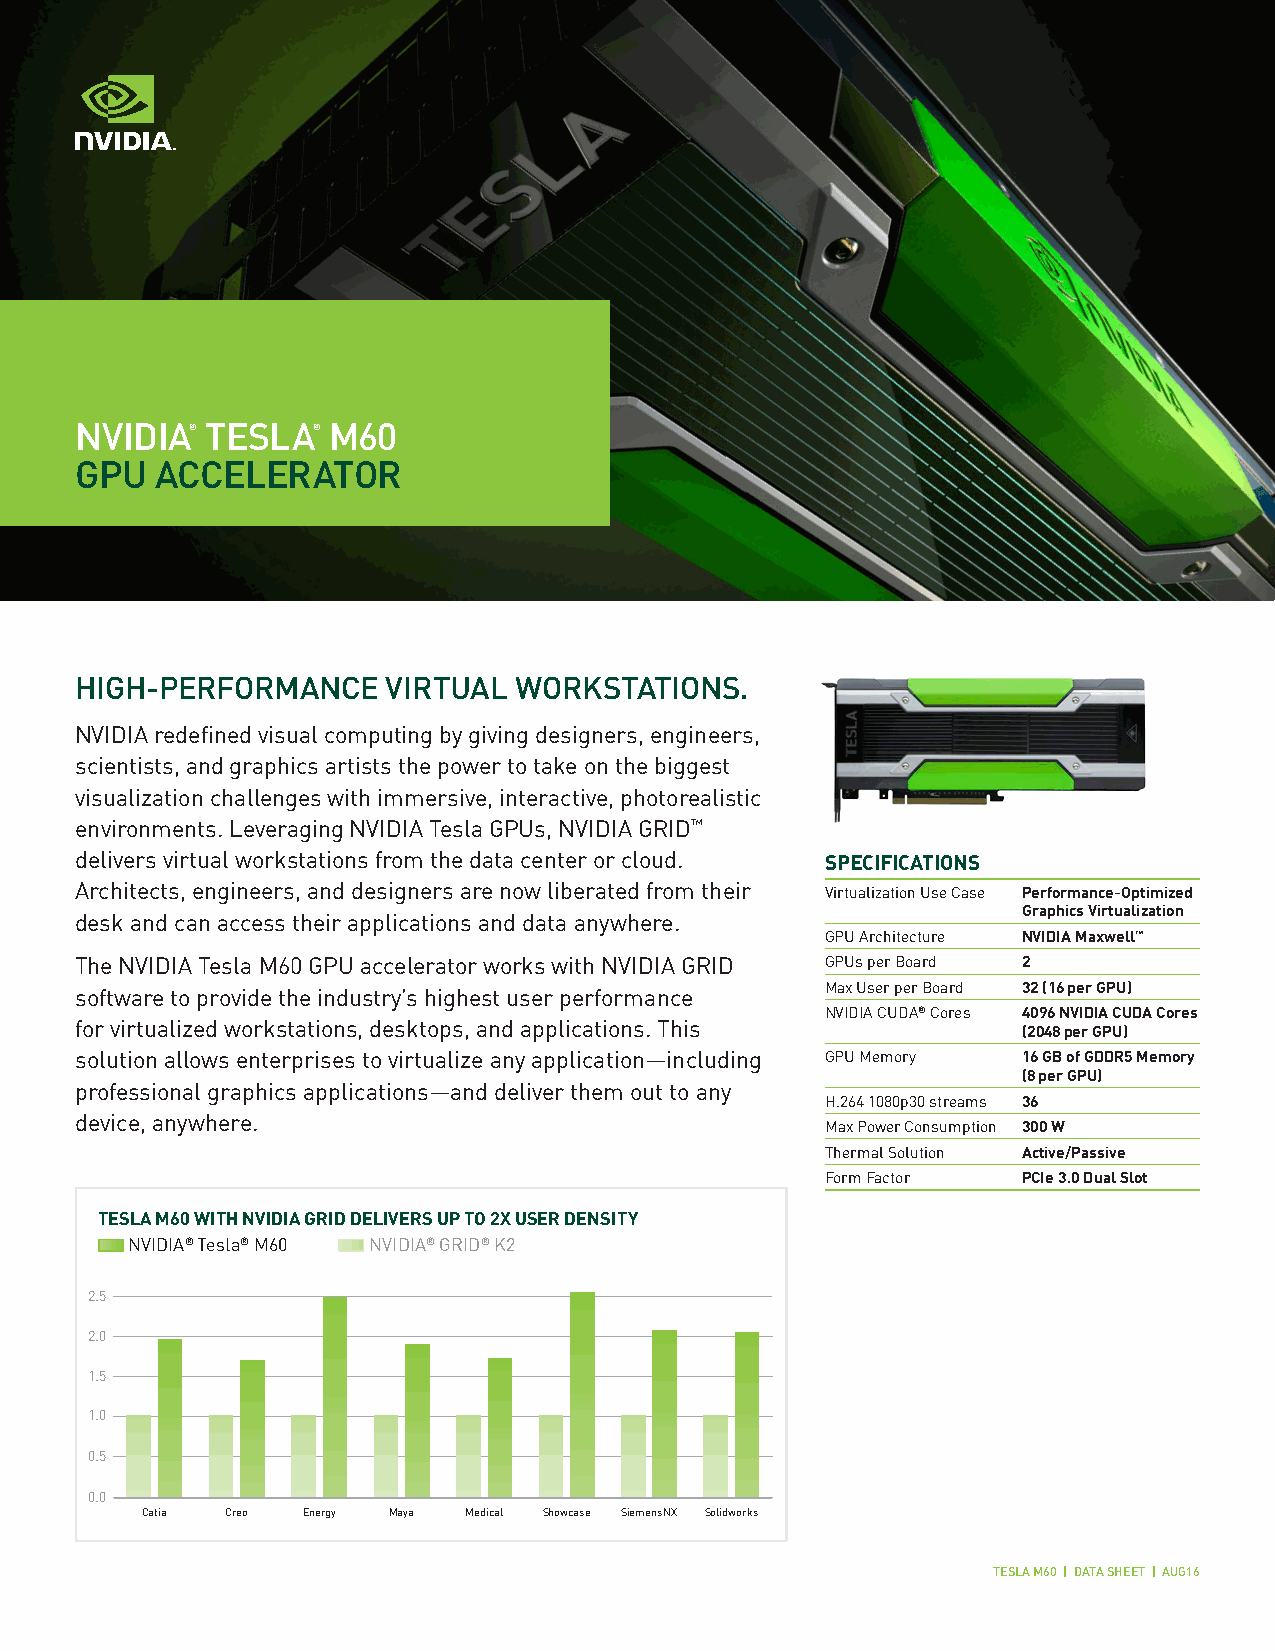
NVIDIa®  Tesla®  M60
 GPu  aCCeleRaTOR
 hIGh-PeRFORMaNCe     VIRTual WORKsTaTIONs.
 NVIDIA redefined visual computing by giving designers, engineers,
 scientists, and graphics artists the power to take on the biggest
 visualization challenges with immersive, interactive, photorealistic
 environments. Leveraging NVIDIA Tesla GPUs, NVIDIA GRID™
 delivers virtual workstations from the data center or cloud. SPECIFICATIONS
 Architects, engineers, and designers are now liberated from their Virtualization Use Case Performance-Optimized
 Graphics Virtualization
 desk and can access their applications and data anywhere.
 GPU Architecture NVIDIA Maxwell™
 The NVIDIA Tesla M60 GPU accelerator works with NVIDIA GRID GPUs per Board 2
 Max User per Board 32 (16 per GPU)
 software to provide the industry’s highest user performance
 NVIDIA CUDA® Cores 4096 NVIDIA CUDA Cores
 for virtualized workstations, desktops, and applications. This (2048 per GPU)
 solution allows enterprises to virtualize any application—including GPU Memory 16 GB of GDDR5 Memory
 (8 per GPU)
 professional graphics applications—and deliver them out to any
 H.264 1080p30 streams 36
 device, anywhere.
 Max Power Consumption 300 W
 Thermal Solution Active/Passive
 Form Factor  PCIe 3.0 Dual Slot
 TESLA M60 WITH NVIDIA GRID DELIVERS UP TO 2X USER DENSITY
 NVIDIA® Tesla® M60 NVIDIA® GRID® K2
 2.5
 2.0
 1.5
 1.0
 0.5
 0.0
 Catia Creo Energy Maya Medical Showcase SiemensNX Solidworks
 Tesla M60 | DaTa sheeT | aug16